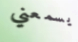
يسمعني